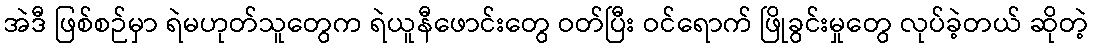
အဲဒီ ဖြစ်စဉ်မှာ ရဲမဟုတ်သူတွေက ရဲယူနီဖောင်းတွေ ဝတ်ပြီး ဝင်ရောက် ဖြိုခွင်းမှုတွေ လုပ်ခဲ့တယ် ဆိုတဲ့